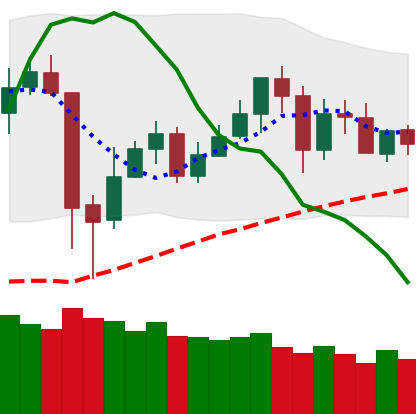
Ticker: BNB-USD
Chart end date: 2020-05-26
Forward return: 5.107%
Label: up_5_7